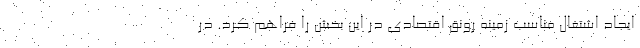
ایجاد اشتغال مناسب زمینه رونق اقتصادی در این بخش را فراهم کرد. در